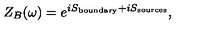
Z _ { B } ( \omega ) = e ^ { i S _ { \mathrm { b o u n d a r y } } + i S _ { \mathrm { s o u r c e s } } } ,